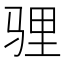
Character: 𩧹